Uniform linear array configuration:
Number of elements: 48
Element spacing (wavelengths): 1
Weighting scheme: hann
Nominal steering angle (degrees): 15
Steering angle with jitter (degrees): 13.513
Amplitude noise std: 0.05
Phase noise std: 0.05

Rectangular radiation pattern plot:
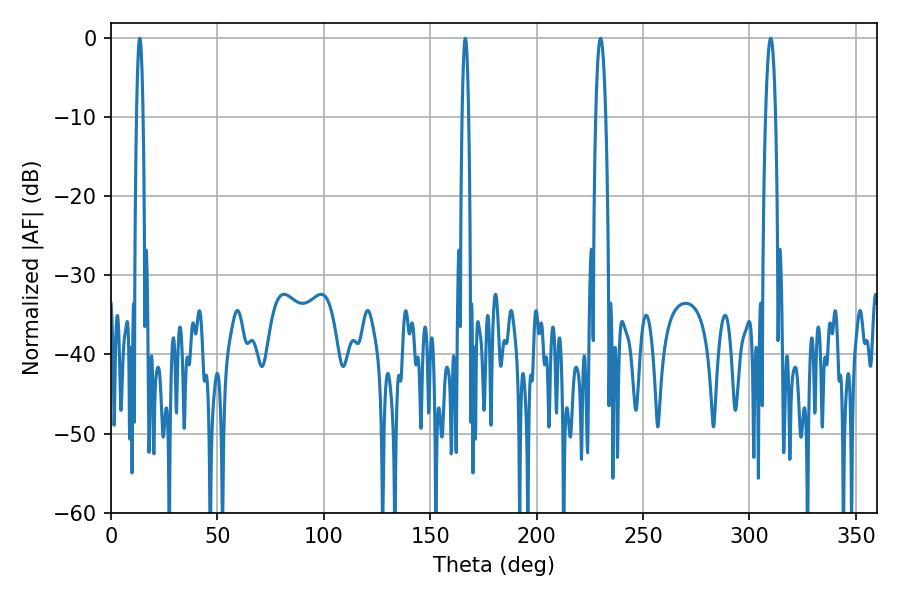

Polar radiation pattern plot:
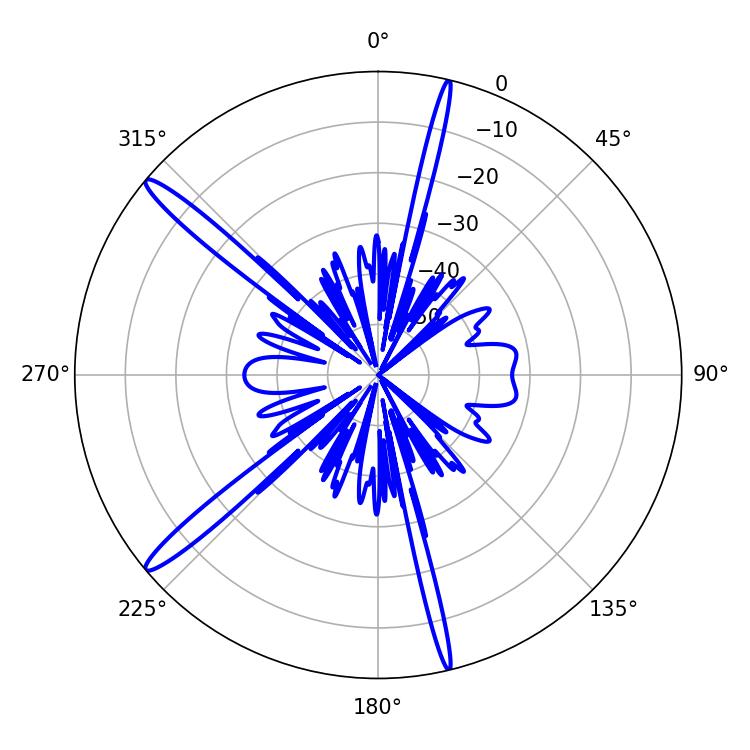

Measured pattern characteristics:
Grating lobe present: TRUE
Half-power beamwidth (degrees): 2.52
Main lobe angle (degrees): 309.96